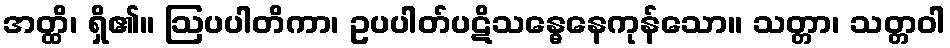
အတ္ထိ၊ ရှိ၏။ ဩပပါတိကာ၊ ဥပပါတ်ပဋိသန္ဓေနေကုန်သော။ သတ္တာ၊ သတ္တဝါ